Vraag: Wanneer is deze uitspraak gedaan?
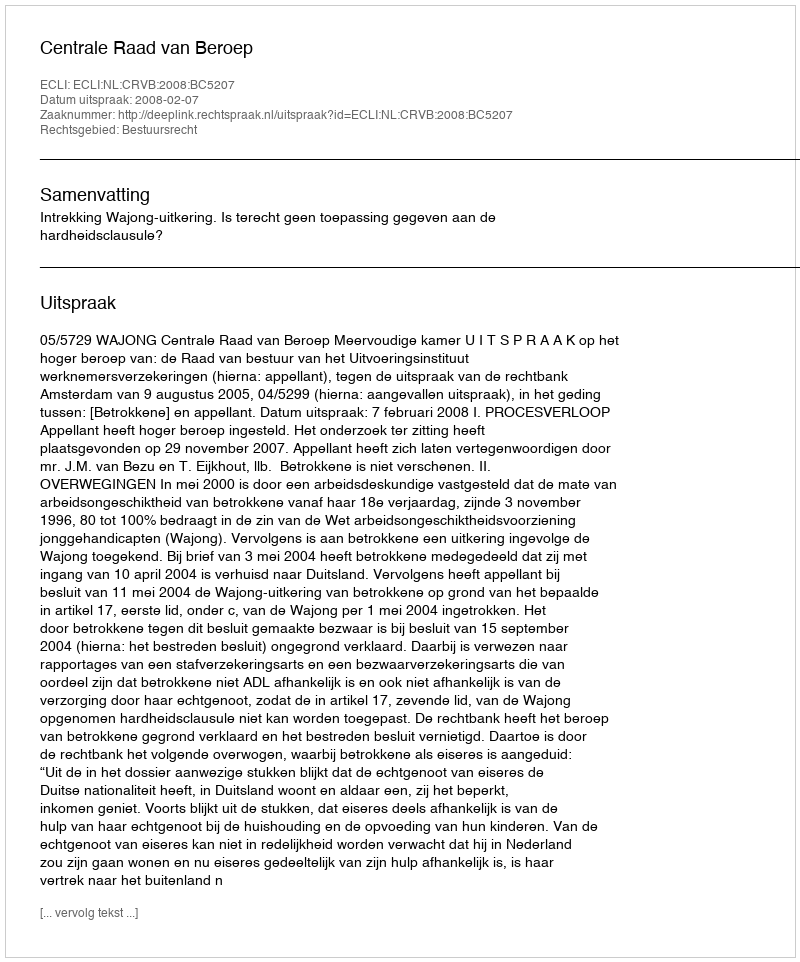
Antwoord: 2008-02-07